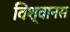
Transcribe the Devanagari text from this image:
विश्वानस